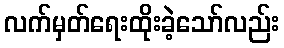
လက်မှတ်ရေးထိုးခဲ့သော်လည်း